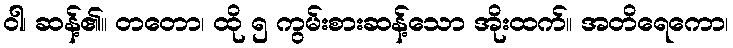
ဝါ၊ ဆန့်၏။ တတော၊ ထို ၅ ကွမ်းစားဆန့်သော အိုးထက်။ အတိရေကော၊